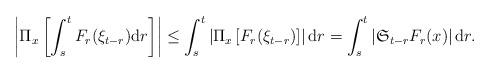
LaTeX: \begin{align*}\left|\Pi_{x}\left[\int_{s}^{t}F_{r}(\xi_{t-r}){\rm d}r\right]\right|\le \int_{s}^{t}\left|\Pi_{x}\left[F_{r}(\xi_{t-r})\right]\right|{\rm d}r=\int_{s}^{t}\left|\mathfrak{S}_{t-r}F_{r}(x)\right|{\rm d}r.\end{align*}